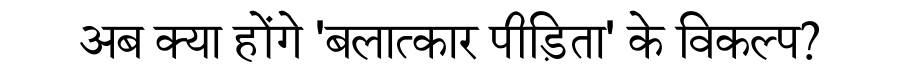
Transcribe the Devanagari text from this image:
अब क्या होंगे 'बलात्कार पीड़िता' के विकल्प?